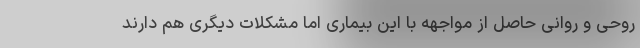
روحی‌ و روانی حاصل از مواجهه با این بیماری اما مشکلات دیگری هم دارند